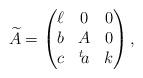
LaTeX: \begin{gather*}\widetilde{A} = \left(\begin{matrix}\ell & 0 & 0 \\b & A & 0 \\c & {}^t\!a & k\end{matrix}\right),\end{gather*}